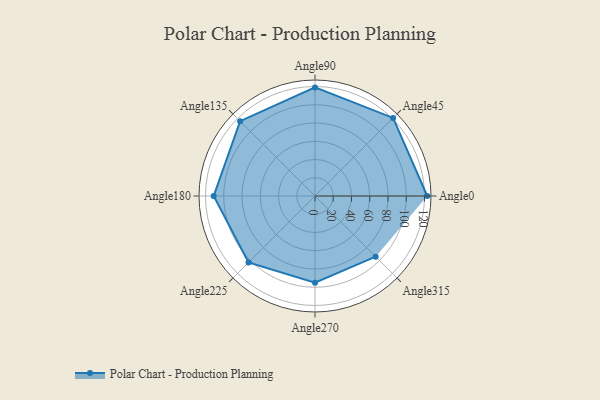
{"axis": {"x": "Angle", "y": "Radius"}, "legend": [""], "data": [{"x": "Angle0", "y": 123.0, "type": ""}, {"x": "Angle45", "y": 121.0, "type": ""}, {"x": "Angle90", "y": 119.0, "type": ""}, {"x": "Angle135", "y": 116.0, "type": ""}, {"x": "Angle180", "y": 111.0, "type": ""}, {"x": "Angle225", "y": 103.0, "type": ""}, {"x": "Angle270", "y": 95.0, "type": ""}, {"x": "Angle315", "y": 94.0, "type": ""}]}